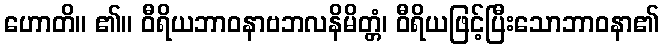
ဟောတိ။ ၏။ ဝီရိယဘာဝနာဗဘလနိမိတ္တံ၊ ဝီရိယဖြင့်ပြီးသောဘာဝနာ၏